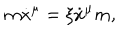
LaTeX: m \dot { x } ^ { \mu } = \xi \dot { x } ^ { \mu } m ,